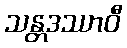
သန္တဒဿာဝီ